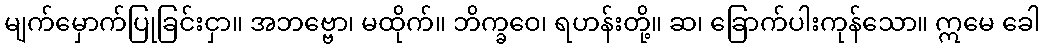
မျက်မှောက်ပြုခြင်းငှာ။ အဘဗ္ဗော၊ မထိုက်။ ဘိက္ခဝေ၊ ရဟန်းတို့။ ဆ၊ ခြောက်ပါးကုန်သော။ ဣမေ ခေါ